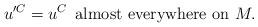
LaTeX: \begin{align*}u'^C = u^C \,\,\,\textrm{almost everywhere on} \,\, M.\end{align*}